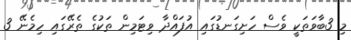
މި 3ބާވަތަކީ ވެސް ހަށިގަނޑުގައި އުފައްދާ ވިޓަމިން ތަކުގެ ތެރޭގައި ހިމެނޭ 3